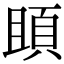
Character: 䪶